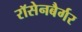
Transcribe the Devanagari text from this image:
रॉसेनबैर्गर